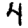
Digit: 4